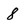
Character: 8